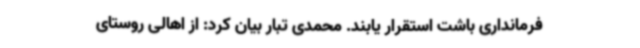
فرمانداری باشت استقرار یابند. محمدی تبار بیان کرد: از اهالی روستای